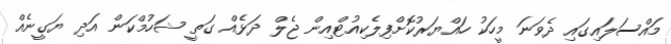
މައްސަލައިގައި ދެވަނަ މީހަކު ހައްޔަރުކޮށްފިލެކިއުޓްއިން ޖެލް ދަޅެއް ގަތީ ޝަހުމްކަން އަދި ޔަގީނެއް